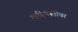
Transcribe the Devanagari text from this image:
माहिष्मतीवर